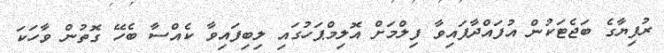
ރުފިޔާގެ ބަޖެޓަކުން އުފައްދާފައިވާ ފިލްމަށް އޮލިމްޕަހުގައި ލިބިފައިވާ ކެއްސާ ބެހޭ ގޮތުން ވާހަކަ